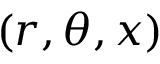
( r , \theta , x )